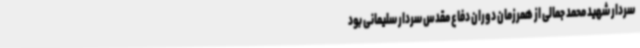
سردار شهید محمد جمالی از همرزمان دوران دفاع مقدس سردار سلیمانی بود